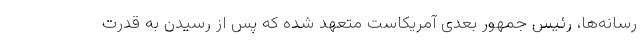
رسانه‌ها، رئیس جمهور بعدی آمریکاست متعهد شده که پس از رسیدن به قدرت